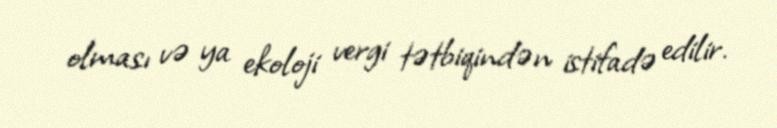
olması və ya ekoloji vergi tətbiqindən istifadə edilir.